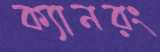
ক্যানরং